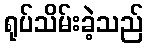
ရုပ်သိမ်းခဲ့သည်